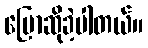
ပြောဆိုခဲ့ပါတယ်။